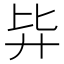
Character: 𰐉